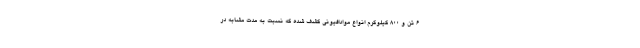
۶ تن و ۸۰۰ کیلوگرم انواع موادافیونی کشف شده که نسبت به مدت مشابه در